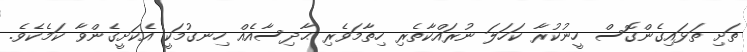
ތަށި ތަޅައިގެންގޮސް ހީނުކުރާ ކަހަލަ ނުރައްކާތެރި ހިތާމަވެރި ޙާދިސާއެއް ހިނގުމަކީ އެކަށީގެންވާ ކަމެކެވެ.